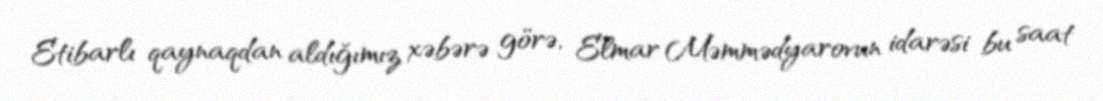
Etibarlı qaynaqdan aldığımız xəbərə görə, Elmar Məmmədyarovun idarəsi bu saat